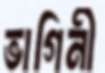
ভাগিনী